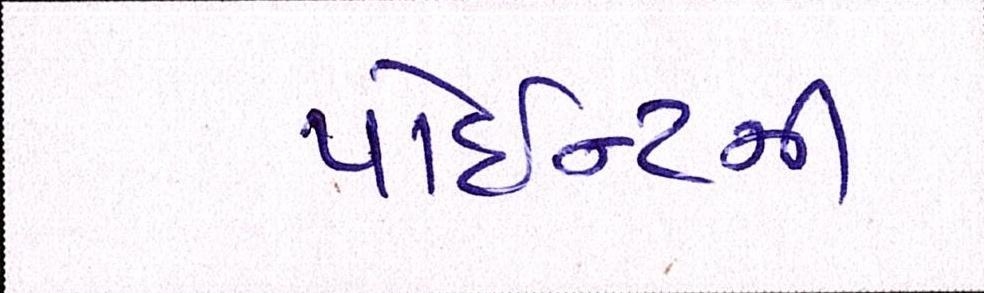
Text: પોઈન્ટની